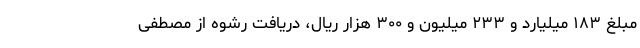
مبلغ ۱۸۳ میلیارد و ۲۳۳ میلیون و ۳۰۰ هزار ریال، دریافت رشوه از مصطفی